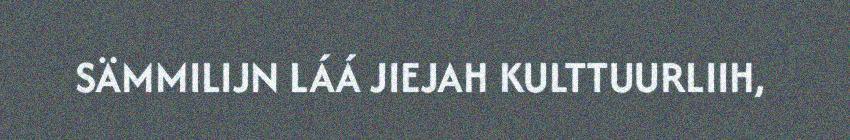
SÄMMILIJN LÁÁ JIEJAH KULTTUURLIIH,